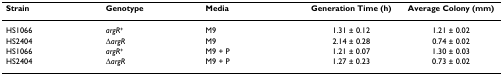
<table><thead><tr><td><b>Strain</b></td><td><b>Genotype</b></td><td><b>Media</b></td><td><b>Generation Time (h)</b></td><td><b>Average Colony (mm)</b></td></tr></thead><tbody><tr><td>HS1066</td><td><i>argR</i><sup>+</sup></td><td>M9</td><td>1.31 ± 0.12</td><td>1.21 ± 0.02</td></tr><tr><td>HS2404</td><td>Δ<i>argR</i></td><td>M9</td><td>2.14 ± 0.28</td><td>0.74 ± 0.02</td></tr><tr><td>HS1066</td><td><i>argR</i><sup>+</sup></td><td>M9 + P</td><td>1.21 ± 0.07</td><td>1.30 ± 0.03</td></tr><tr><td>HS2404</td><td>Δ<i>argR</i></td><td>M9 + P</td><td>1.27 ± 0.23</td><td>0.73 ± 0.02</td></tr></tbody></table>